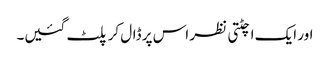
اور ایک اچٹتی نظر اس پر ڈال کر پلٹ گئیں۔